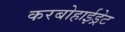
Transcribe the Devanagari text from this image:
करबोहाईड्रेट